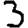
Digit: 3